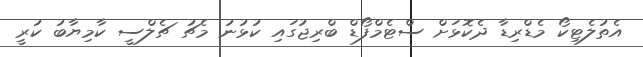
އެތުލެޓިކޯ މެޑްރިޑާ ދެކޮޅަށް ސްޓެމްފޯޑް ބްރިޖުގައި ކުޅުނު މެޗު ޗެލްސީ ކާމިޔާބު ކުރީ